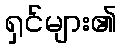
ရှင်များ၏